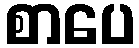
စာပေ